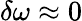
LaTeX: \delta\omega\approx 0